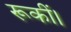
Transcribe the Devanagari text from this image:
रूकीं।